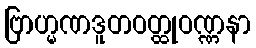
ဗြာဟ္မဏဒူတဝတ္ထုဝဏ္ဏနာ